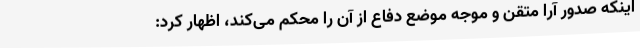
اینکه صدور آرا متقن و موجه موضع دفاع از آن را محکم می‌کند، اظهار کرد: